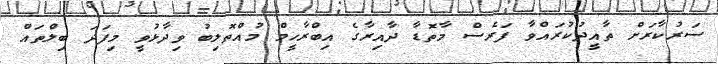
ސަރުކާރަށް ތާއީދުކުރައްވާ ފަރެސް މާތޮޑާ ދާއިރާގެ އިބްރާހީމް މުއްތޮލިބު ވިދާޅުވީ މިފަދަ ބިލްތައް